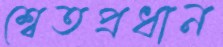
শ্বেতপ্রধান